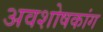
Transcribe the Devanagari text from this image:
अवशोषकांग